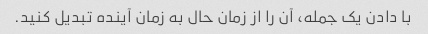
با دادن یک جمله، آن را از زمان حال به زمان آینده تبدیل کنید.